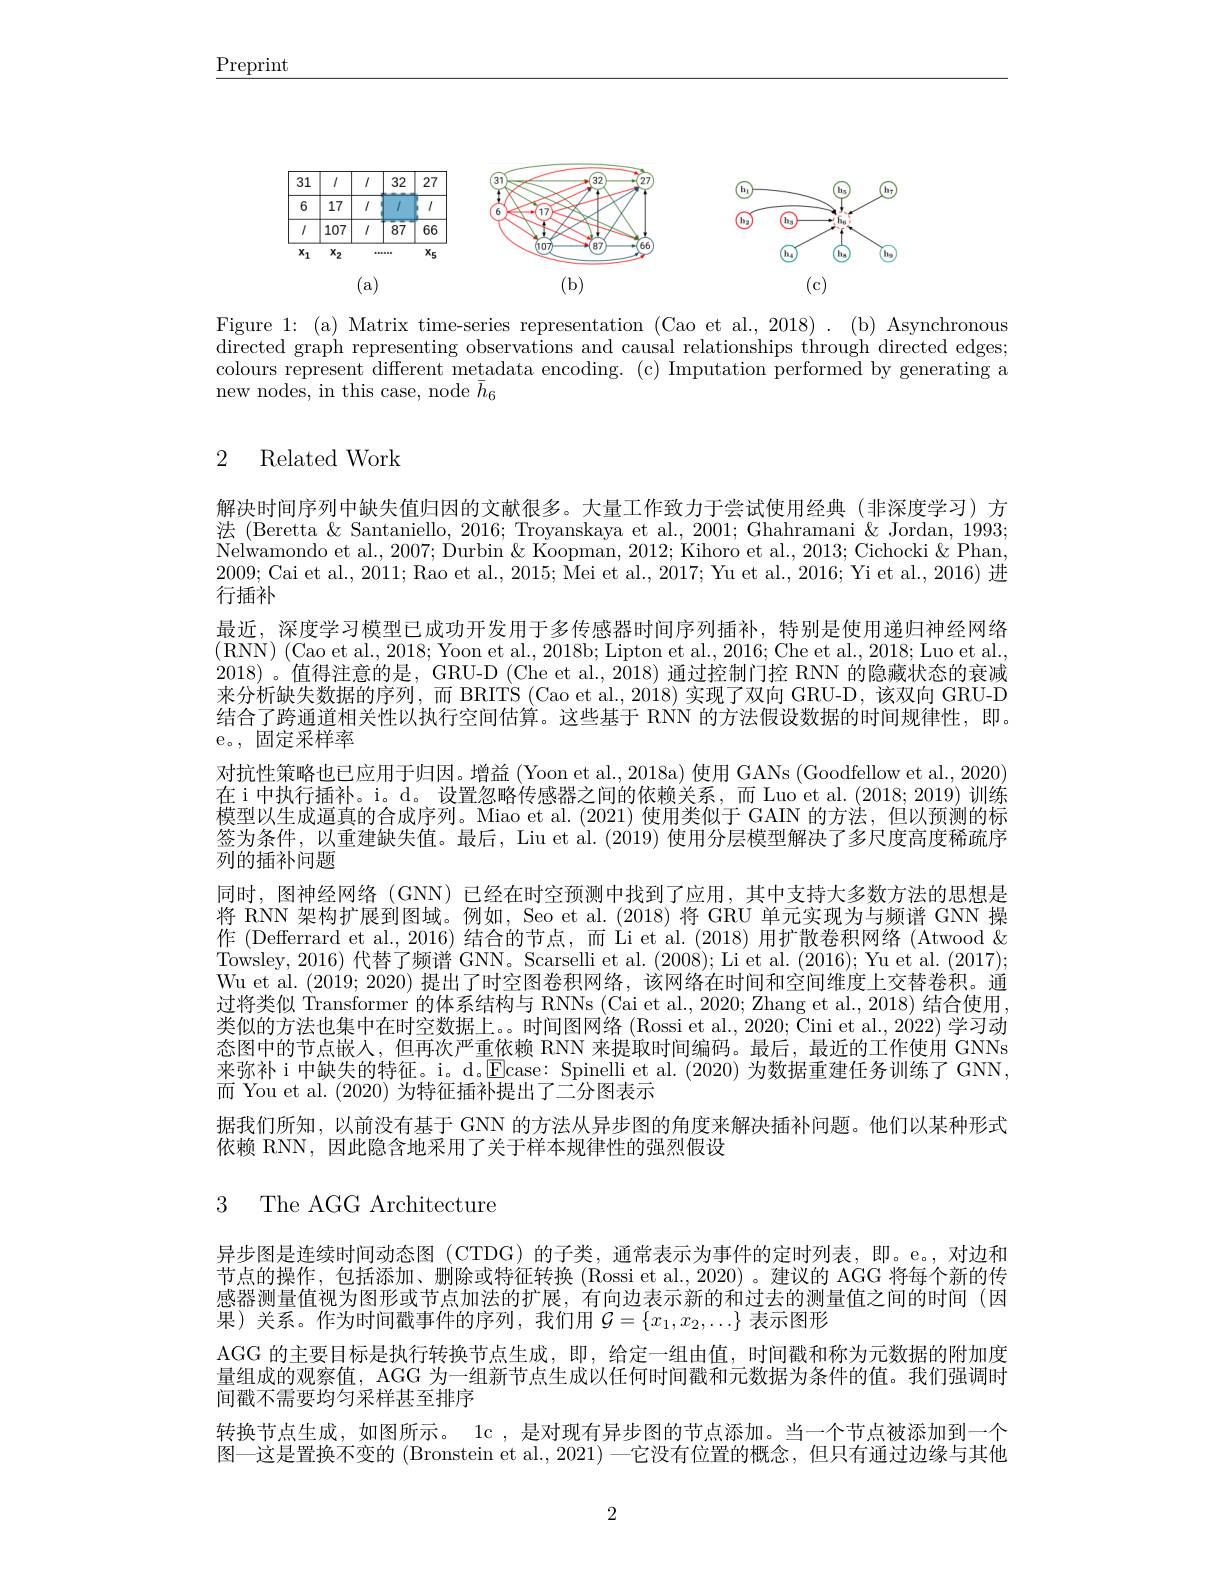
$\underline{\text{Preprint}}$

<FigureHere>

Figure 1: (a) Matrix time-series representation (Cao et al., 2018) . (b) Asynchronous $\bar{\text{directed graph representing observations and causal relationships through directed edges;}}$ colours represent different metadata encoding. (c) Imputation performed by generating a new nodes, in this case, node $\bar{h}_6$

## 2 Related Work

结合了跨通道相关性以执行空间估算。这些基于 RNN 的方法假设数据的时间规律性，即。
e。, 固定采样率

解决时间序列中缺失值归因的文献很多。大量工作致力于尝试使用经典(非深度学习)方法 (Beretta & Santaniello, 2016; Troyanskaya et al., 2001; Ghahramani & Jordan, 1993; Nelwamondo et al., 2007; Durbin & Koopman, 2012; Kihoro et al., 2013; Cichocki & Phan, 2009; Cai et al., 2011; Rao et al., 2015; Mei et al., 2017; Yu et al., 2016; Yi et al., 2016) 进行插补
最近，深度学习模型已成功开发用于多传感器时间序列插补，特别是使用递归神经网络(RNN) (Cao et al., 2018; Yoon et al., 2018b; Lipton et al., 2016; Che et al., 2018; Luo et al., 2018) 。值得注意的是，GRU-D (Che et al., 2018) 通过控制门控 RNN 的隐藏状态的衰减来分析缺失数据的序列，而 BRITS (Cao et al., 2018) 实现了双向 GRU-D, 该双向 GRU-D 对抗性策略也已应用于归因。增益(Yoon et al., 2018a) 使用 GANs (Goodfellow et al., 2020) 在i中执行插补。i。d。设置忽略传感器之间的依赖关系，而 Luo et al.(2018; 2019)训练模型以生成逼真的合成序列。Miao et al. (2021) 使用类似于 GAIN 的方法，但以预测的标签为条件，以重建缺失值。最后，Liu et al. (2019) 使用分层模型解决了多尺度高度稀疏序列的插补问题
同时，图神经网络 (GNN) 已经在时空预测中找到了应用，其中支持大多数方法的思想是将 RNN 架构扩展到图域。例如，Seo et al.(2018) 将 GRU 单元实现为与频谱 GNN 操作 (Defferrard et al.,2016) 结合的节点，而 Li et al.(2018) 用扩散卷积网络 (Atwood & Towsley, 2016) 代替了频谱 GNN。Scarselli et al. (2008); Li et al. (2016); Yu et al. (2017); Wu et al. (2019;2020)提出了时空图卷积网络，该网络在时间和空间维度上交替卷积。通过将类似 Transformer 的体系结构与 RNNs (Cai et al., 2020; Zhang et al., 2018) 结合使用， 类似的方法也集中在时空数据上。。时间图网络 (Rossi et al., 2020; Cini et al., 2022) 学习动态图中的节点嵌人，但再次严重依赖 RNN 来提取时间编码。最后，最近的工作使用 GNNs 来弥补 i 中缺失的特征。i。d.$\overline{\text{Ecase: Spinelli et al.(2020)为数据重建任务训练了GNN，}}$ 而 You et al. (2020)为特征插补提出了二分图表示
据我们所知，以前没有基于 GNN 的方法从异步图的角度来解决插补问题。他们以某种形式
依赖 RNN,因此隐含地采用了关于样本规律性的强烈假设

# 3 The AGG Architecture

异步图是连续时间动态图 (CTDG)的子类，通常表示为事件的定时列表，即。e。,对边和节点的操作，包括添加、删除或特征转换 (Rossi et al.,2020) 。建议的 AGG 将每个新的传感器测量值视为图形或节点加法的扩展，有向边表示新的和过去的测量值之间的时间(因果)关系。作为时间戳事件的序列，我们用$\mathcal{G}=\{x_1,x_2,\ldots\}$表示图形
AGG 的主要目标是执行转换节点生成，即，给定一组由值，时间戳和称为元数据的附加度量组成的观察值，AGG 为一组新节点生成以任何时间戳和元数据为条件的值。我们强调时间戳不需要均匀采样甚至排序
转换节点生成，如图所示。1c ,是对现有异步图的节点添加。当一个节点被添加到一个图一这是置换不变的 (Bronstein et al., 2021) 一它没有位置的概念，但只有通过边缘与其他

2